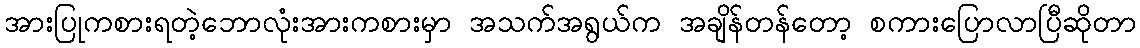
အားပြုကစားရတဲ့ဘောလုံးအားကစားမှာ အသက်အရွယ်က အချိန်တန်တော့ စကားပြောလာပြီဆိုတာ